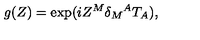
g ( Z ) = \exp ( i Z ^ { M } \delta _ { M } { } ^ { A } T _ { A } ) ,